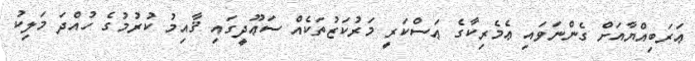
ޢަރަބިއްޔާއަށް ގެންނަވައި ޢެމެރިކާގެ ޢަސްކަރީ މަރުކަޒުތަކެއް ސަޢޫދީގައި ޤާއިމު ކުރުމުގެ ހުއްދަ މަލިކު